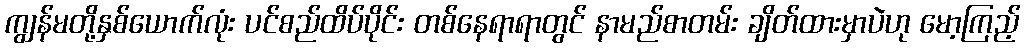
ကျွန်မတို့နှစ်ယောက်လုံး ပင်စည်ထိပ်ပိုင်း တစ်နေရာရာတွင် နာမည်စာတမ်း ချိတ်ထားမှာပဲဟု မော့ကြည့်